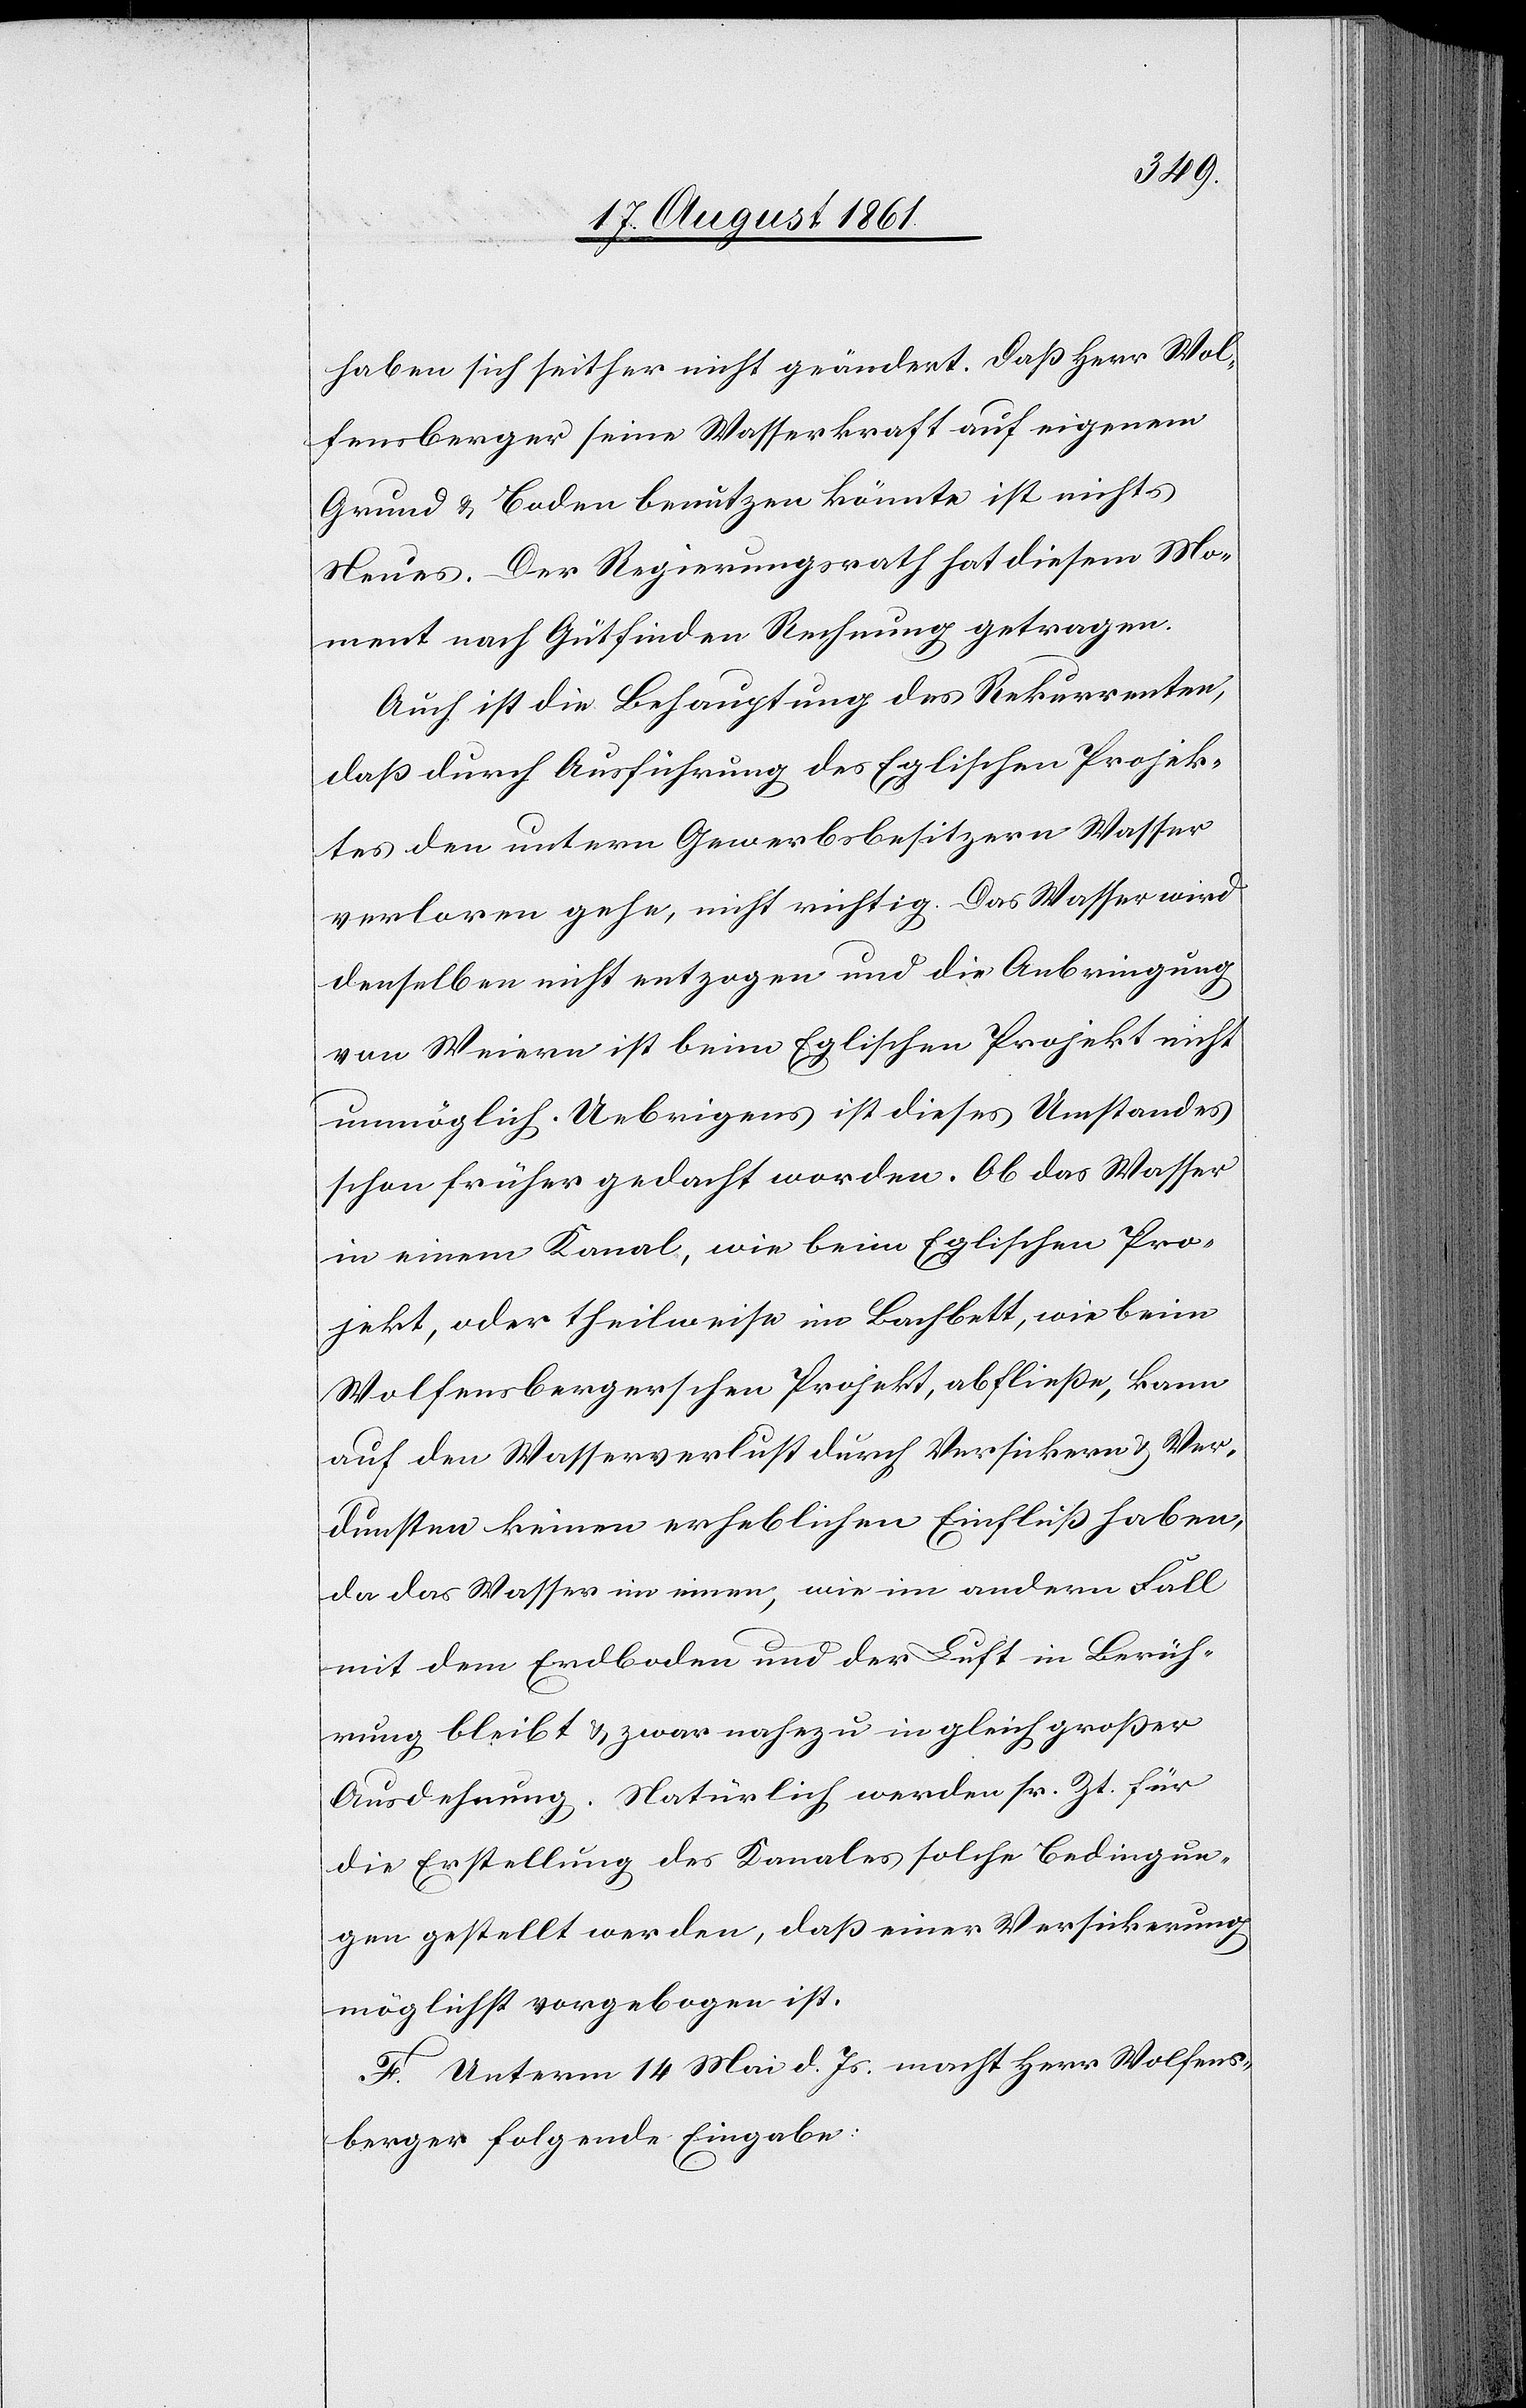
haben sich seither nicht geändert. Daß Herr Wol¬
fensberger seine Wasserkraft auf eigenen
Grund u. Boden benutzen könnte ist nichts
Neues. Der Regierungsrath hat diesem Mo¬
ment nach Gutfinden Rechnung getragen.
Auch ist die Behauptung des Rekurrenten,
daß durch Ausführung des Eglischen Projek¬
tes den untern Gewerbsbesitzern Wasser
verloren gehe, nicht richtig. Das Wasser wird
denselben nicht entzogen und die Anbringung
von Weiern ist beim Eglischen Projekt nicht
unmöglich. Uebrigens ist dieses Umstandes
schon früher gedacht worden. Ob das Wasser
in einem Kanal, wie beim Eglischen Pro¬
jekt, oder theilweise im Bachbett, wie beim
Wolfensbergerschen Projekt, abfließe, kann
auf den Wasserverlust durch Versickern u. Ver¬
dunsten keinen erheblichen Einfluß haben,
da das Wasser im einen, wie im andern Fall
mit dem Erdboden und der Luft in Berüh¬
rung bleibt u. zwar nahezu in gleich großer
Ausdehnung. Natürlich werden sr Zt. für
die Erstellung des Kanales solche Bedingun¬
gen gestellt werden, daß einer Versickerung
möglichst vorgebogen ist.
F. Unterm 14 Mai d. Js. macht Herr Wolfens¬
berger folgende Eingabe: